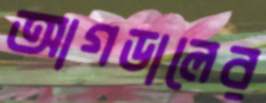
আগডালের